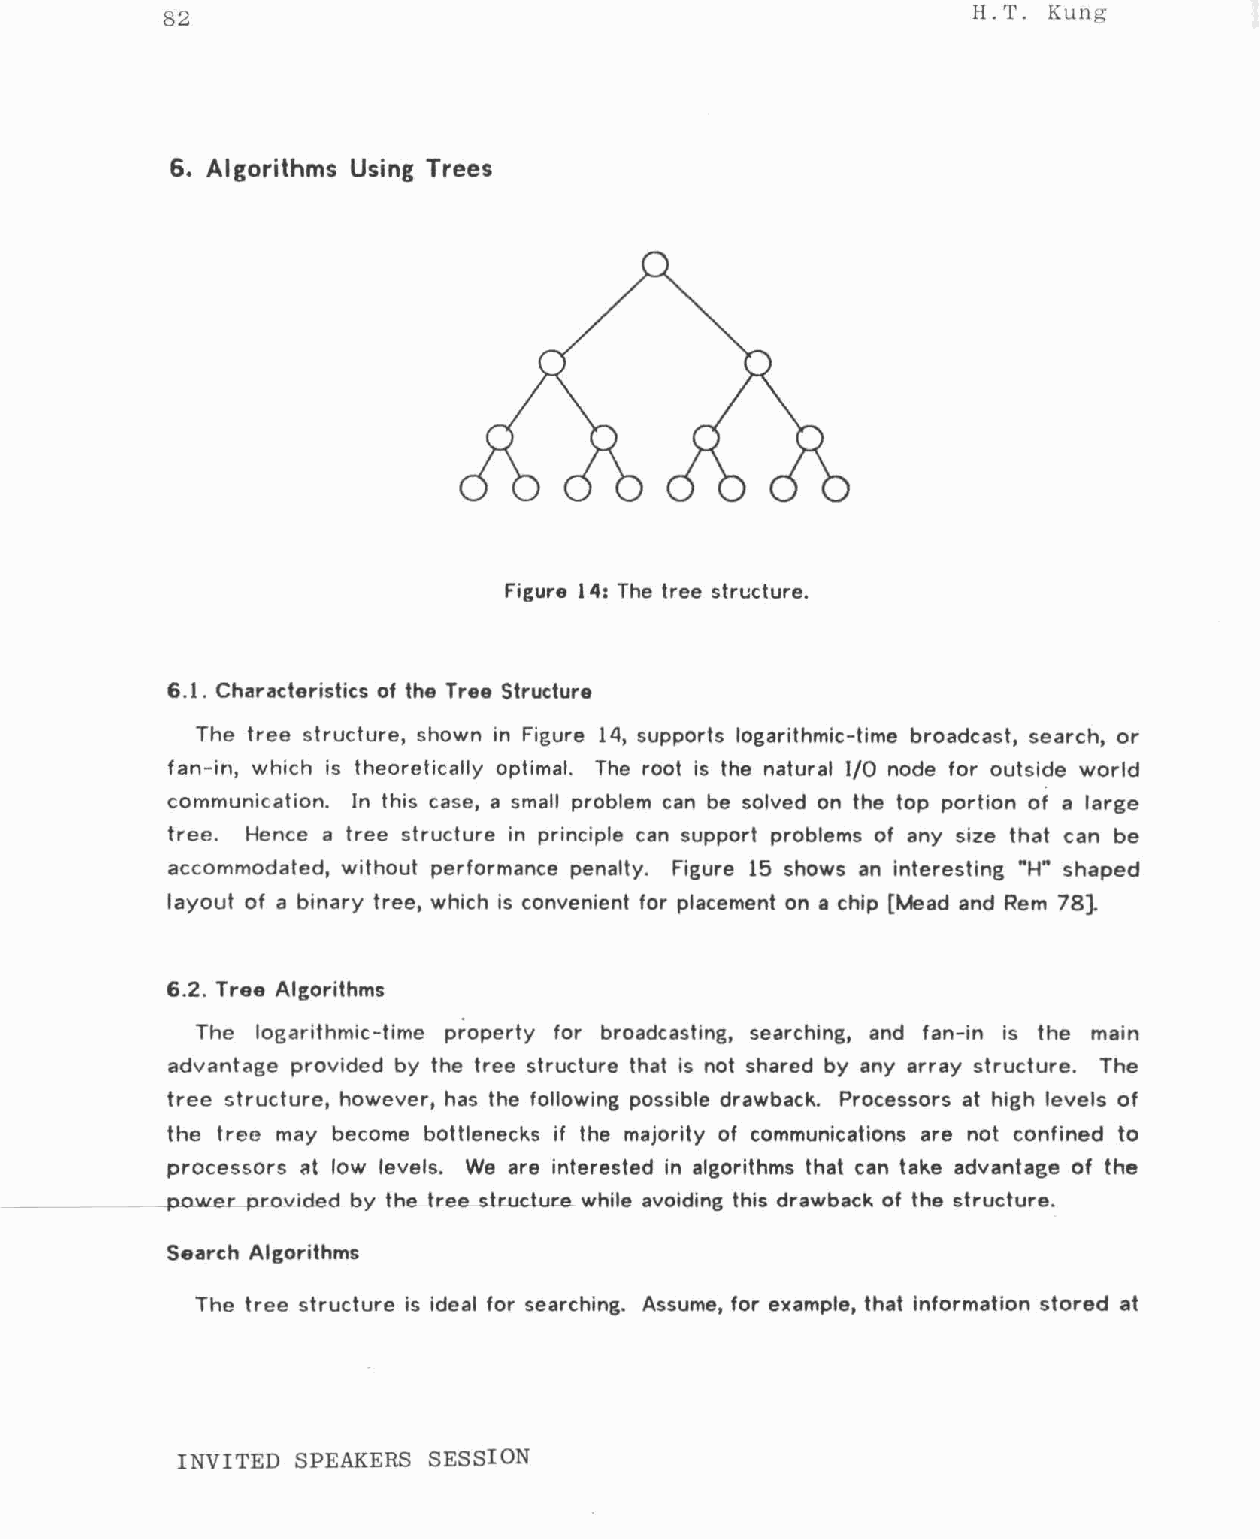
H.T. Kung
 82
 6. Algorithms Using Trees
 Figure 14: The tree structure.
 6.1. Characteristics of the Tree Structure
 The tree structure, shown in Figure 14, supports logarithmic-time broadcast, search, or
 fan-in, which is theoretically optimal. The root is the natural 1/0 node for outside world
 communication. In this case, a small problem can be solved on the top portion of a large
 tree. Hence a tree structure in principle can support problems of any size that can be
 accommodated, without performance penalty. Figure 15 shows an interesting "H" shaped
 layout of a binary tree, which is convenient for placement on a chip [Mead and Rem 78].
 6.2. Tree Algorithms
 The logarithmic-time property for broadcasting, searching, and fan-in is the main
 advantage provided by the tree structure that is not shared by any array structure. The
 tree structure, however, has the following possible drawback. Processors at high levels of
 the tree may become bottlenecks if the majority of communications are not confined to
 processors at low levels. We are interested in algorithms that can take advantage of the
 pDwer provided by the tree structure_ while avoiding this drawback of the structure.
 Search Algorithms
 The tree structure is ideal for searching. Assume, for example, that information stored at
 INVITED SPEAKERS SESSION